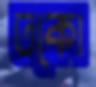
তকো